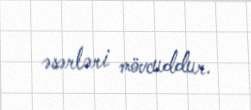
əsərləri mövcuddur.